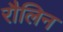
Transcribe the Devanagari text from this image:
रौलिन